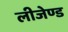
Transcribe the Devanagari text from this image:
लीजेण्ड